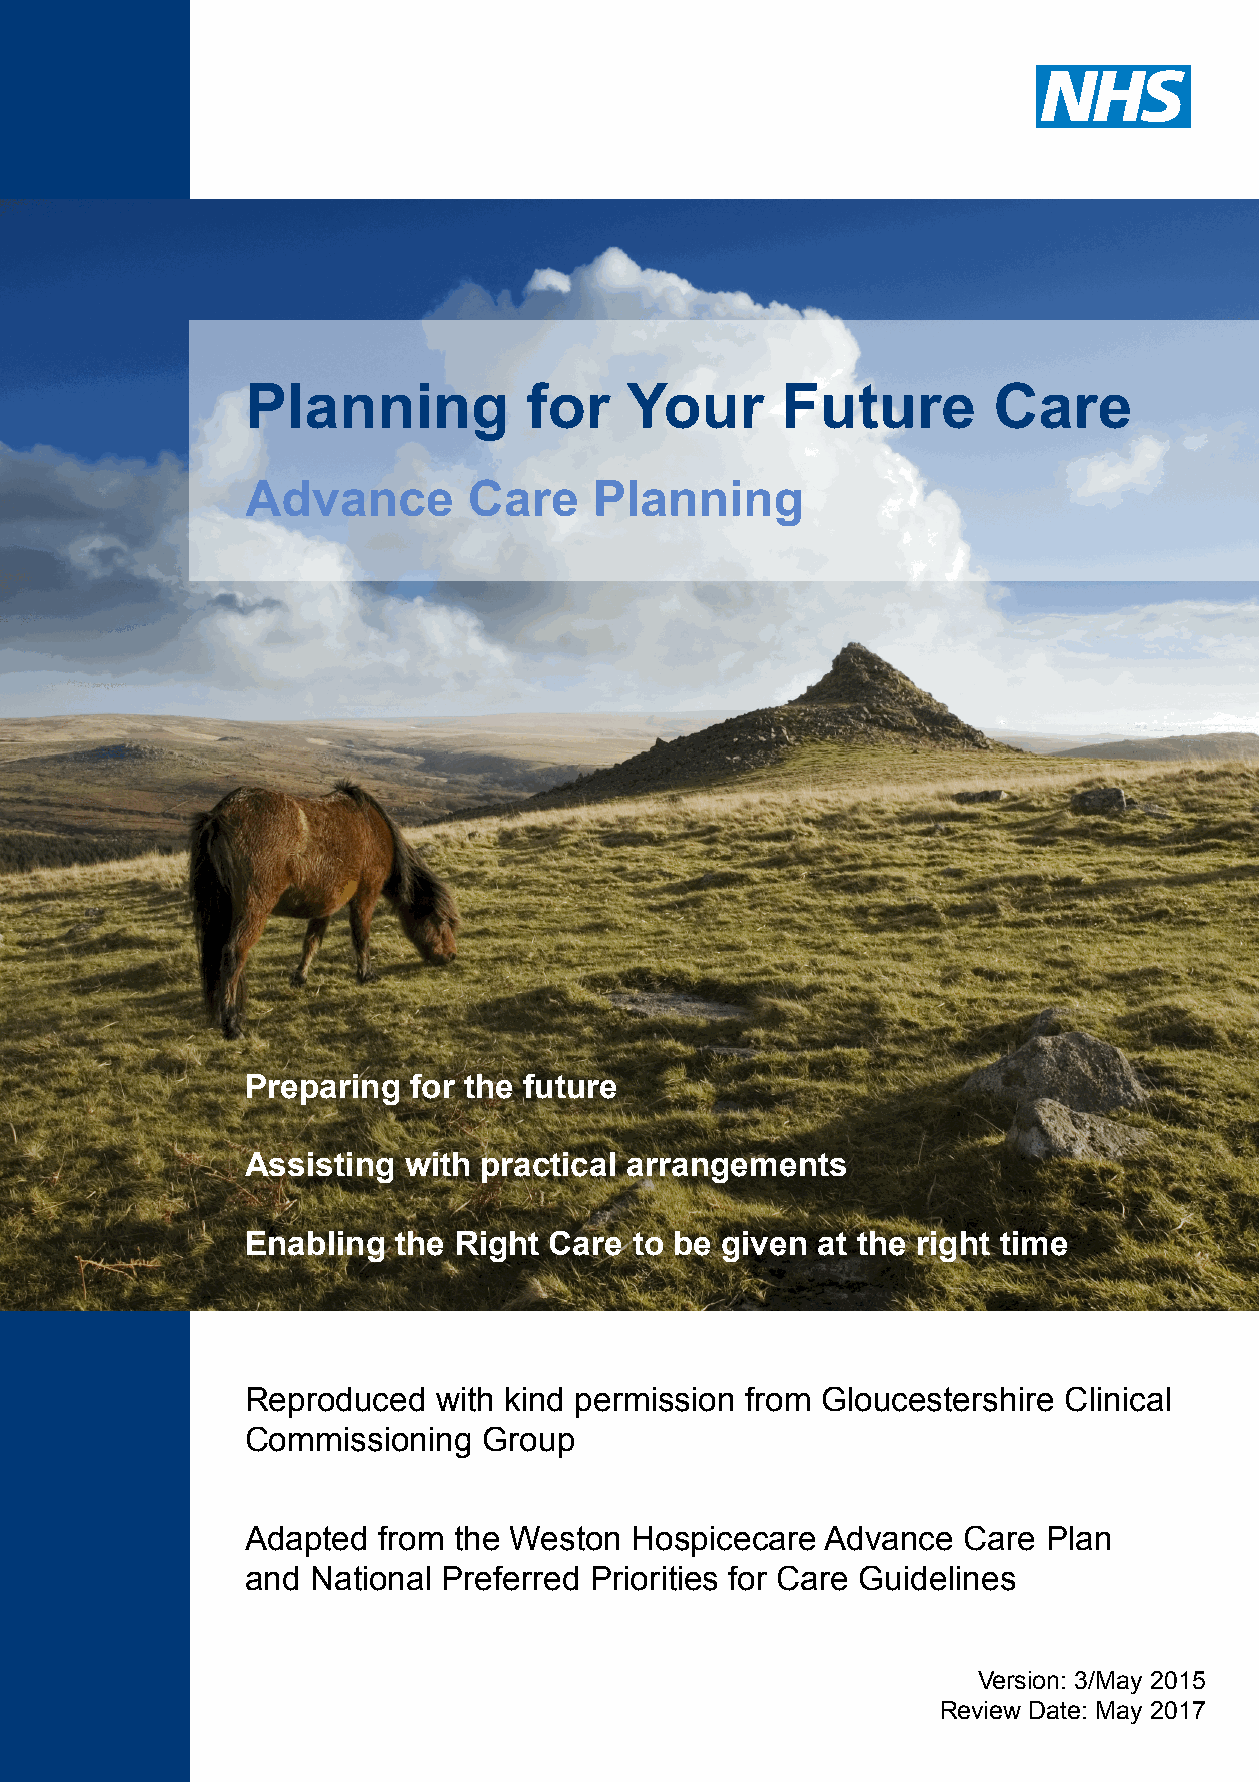
Planning           for   Your       Future        Care
 Advance        Care    Planning
 Preparing  for the future
 Assisting  with practical arrangements
 Enabling  the Right Care  to be given at the right time
 Reproduced   with kind permission from Gloucestershire Clinical
 Commissioning   Group
 Adapted  from the Weston  Hospicecare  Advance  Care Plan
 and  National Preferred Priorities for Care Guidelines
 Version: 3/May 2015
 Review Date: May 2017